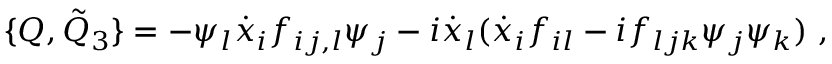
\{ Q , { \tilde { Q } } _ { 3 } \} = - \psi _ { l } { \dot { x } } _ { i } f _ { i j , l } \psi _ { j } - i { \dot { x } } _ { l } ( { \dot { x } } _ { i } f _ { i l } - i f _ { l j k } \psi _ { j } \psi _ { k } ) \ ,